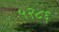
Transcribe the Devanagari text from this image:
५२८६